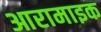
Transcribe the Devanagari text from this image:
आरामाइक